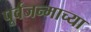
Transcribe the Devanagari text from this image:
पूर्वजन्माच्या